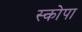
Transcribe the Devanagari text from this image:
स्कोपा